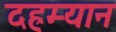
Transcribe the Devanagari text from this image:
दह्रम्यान